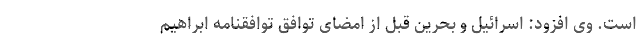
است. وی افزود: اسرائیل و بحرین قبل از امضای توافق توافقنامه ابراهیم